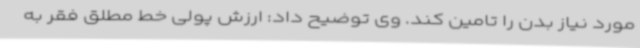
مورد نیاز بدن را تامین کند. وی توضیح داد: ارزش پولی خط مطلق فقر به